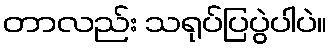
တာလည်း သရုပ်ပြပွဲပါပဲ။